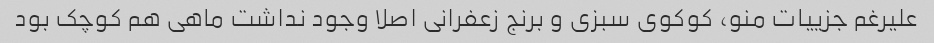
علیرغم جزییات منو، کوکوی سبزی و برنج زعفرانی اصلا وجود نداشت ماهی هم کوچک بود